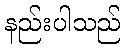
နည်းပါသည်